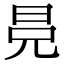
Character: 𣅷